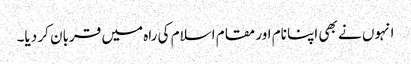
انہوں نے بھی اپنا نام اور مقام اسلام کی راہ میں قربان کر دیا۔